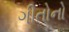
ગીતોનો